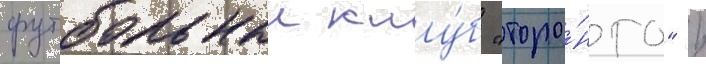
футбольныи клу́б "торо́нто" /